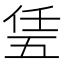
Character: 𠄶